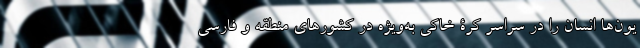
یون‌ها انسان را در سراسر کرۀ خاکی به‌ویژه در کشورهای منطقه و فارسی